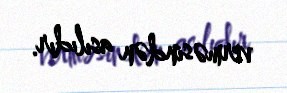
verməsindən asılıdır.